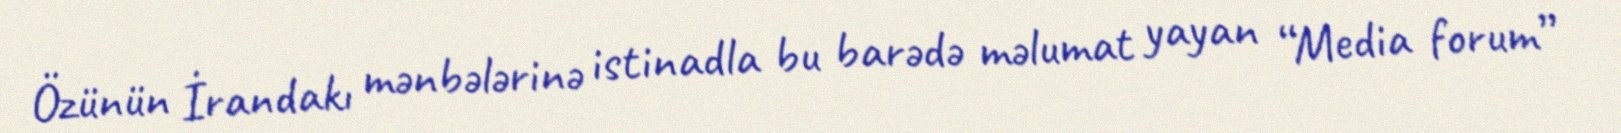
Özünün İrandakı mənbələrinə istinadla bu barədə məlumat yayan “Media forum”